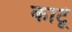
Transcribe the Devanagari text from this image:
काटूं